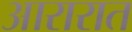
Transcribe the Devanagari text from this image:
आरारात